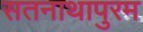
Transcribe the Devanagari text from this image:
सतनाथापुरम